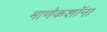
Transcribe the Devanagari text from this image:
माणेकशॉना